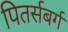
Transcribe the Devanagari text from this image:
पितर्सबर्ग